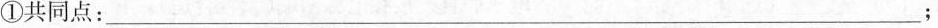
①共同点___：